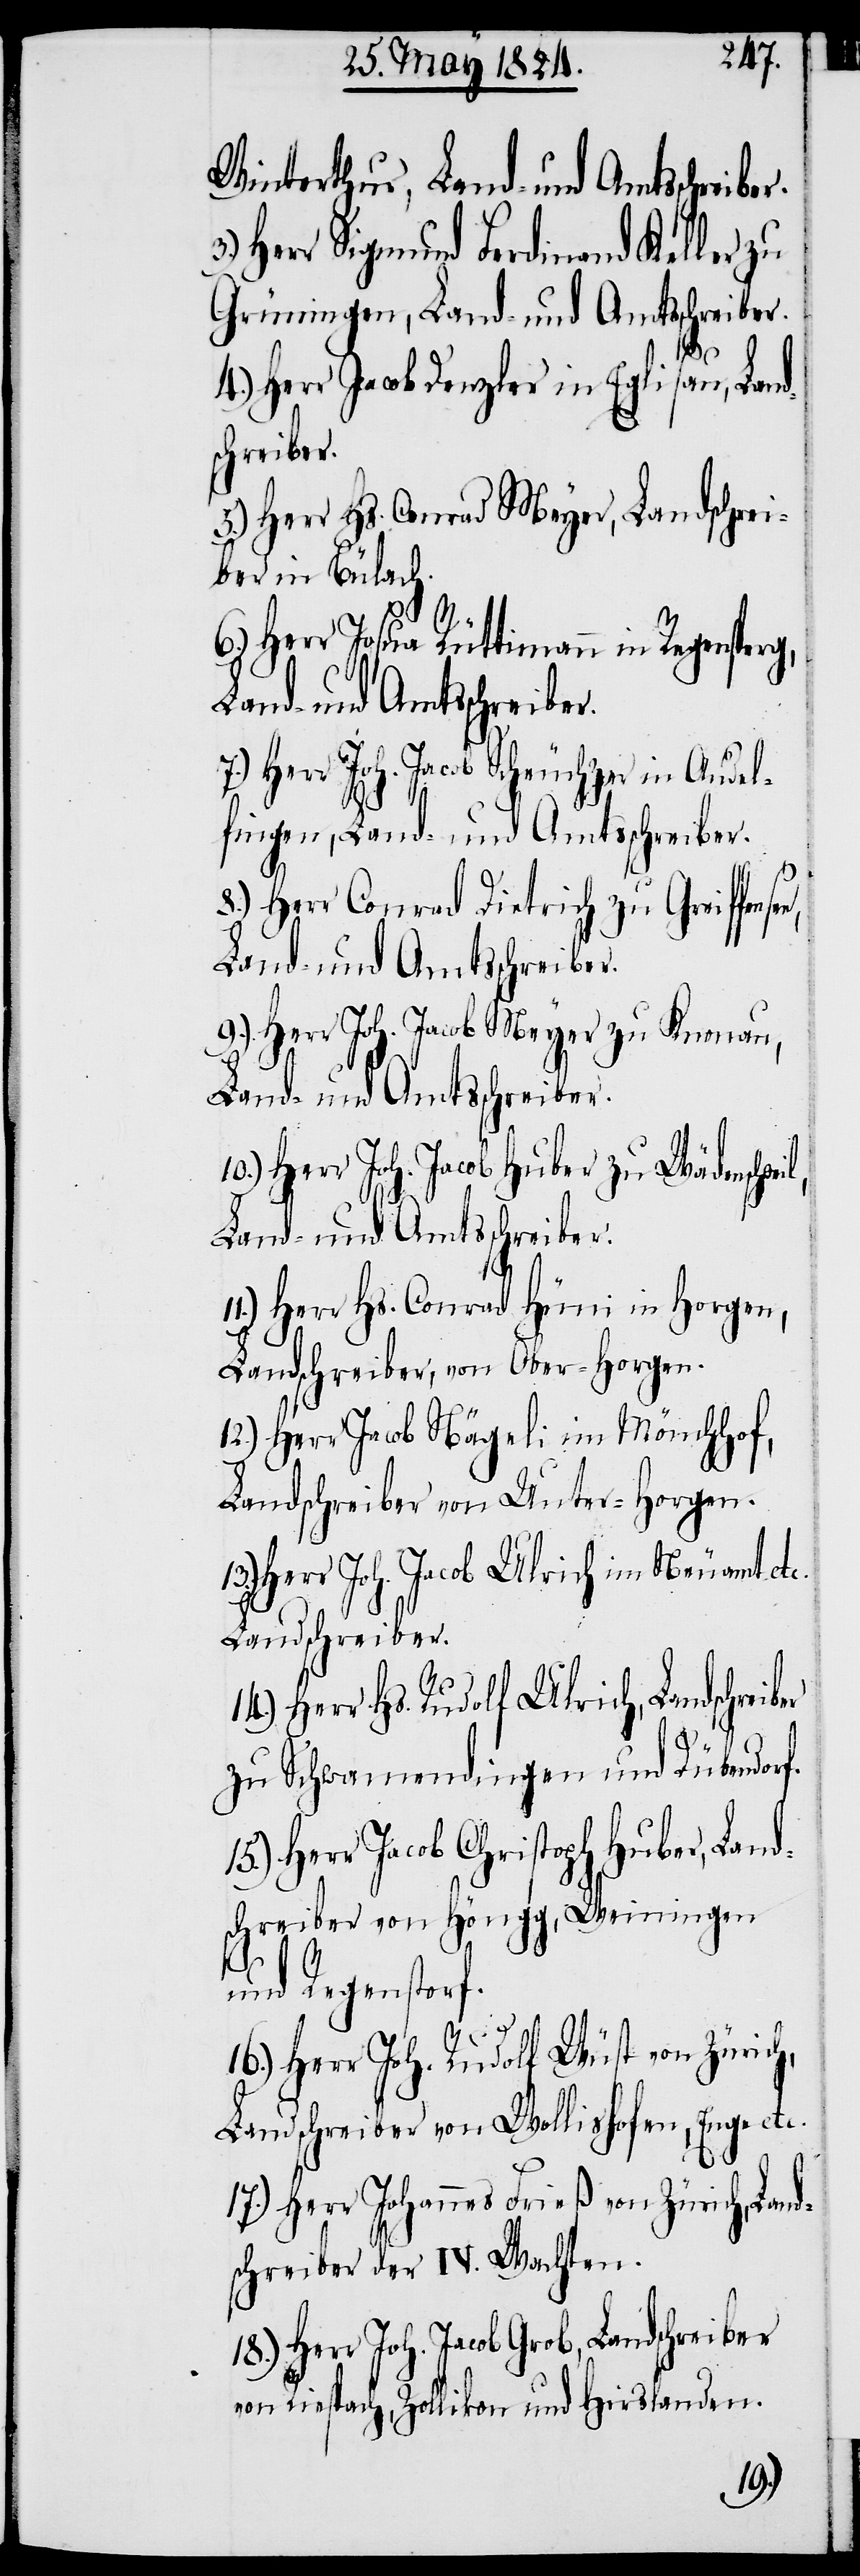
Herr Sigmund Ferdinand Keller zu
Grüningen, Land- und Amtsschreiber.
tc.
4.) Herr Jacob Denzler in Eglisau, Land¬
schreiber.
5.) Herr Hs. Conrad Meyer, Landschrei¬
ber in Bülach.
Herr Josua Rütimann in Regensperg,
7.) Herr Joh. Jacob Scheuchzer in Andel¬
fingen, Land- und Amtsschreiber.
8.) Herr Conrad Dietrich zu Greiffense¬
9.) Herr Joh. Jacob Meyer zu Knonau,
Land- und Amtsschreiber.
10.) Herr Joh. Jacob Huber zu Wädenschwe¬
il,
Land- und Amtsschreiber.
Herr Hs. Conrad Hüni in Horgen,
Landschreiber, von Ober-Horgen.
12.) Herr Jacob Nägeli im Mönchhof,
Landschreiber von Unter-Horgen.
Herr Joh. Jacob Ulrich im Neuamt etc.
Landschreiber.
14.) Herr Hs. Rudolf Ulrich, Landschreiber
zu Schwamendingen und Dübendorf.
Herr Jacob Christoph Huber, Lan¬
schreiber von Höngg, Weiningen
d¬
und Regenstorf.
16.) Herr Joh. Rudolf Wüst von Zürich,
Landschreiber von Wollishofen, Enge e¬
Herr Johannes Frieß von Zürich, Land¬
schreiber der IV. Wachten.
18.) Herr Joh. Jacob Grob, Landschreiber
von Riespach, Zollikon und Hirslanden.
17.)